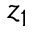
z _ { 1 }